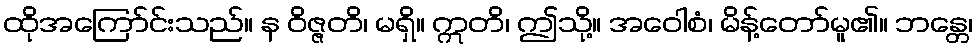
ထိုအကြော်င်းသည်။ န ဝိဇ္ဇတိ၊ မရှိ။ ဣတိ၊ ဤသို့။ အဝေါစံ၊ မိန့်တော်မူ၏။ ဘန္တေ၊